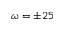
\omega = \pm 2 5